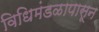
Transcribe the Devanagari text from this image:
विधिमंडळापासून